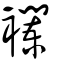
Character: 襴